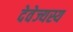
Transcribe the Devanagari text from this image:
देवेज्यस्य